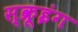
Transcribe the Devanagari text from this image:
स्क्रूइंग